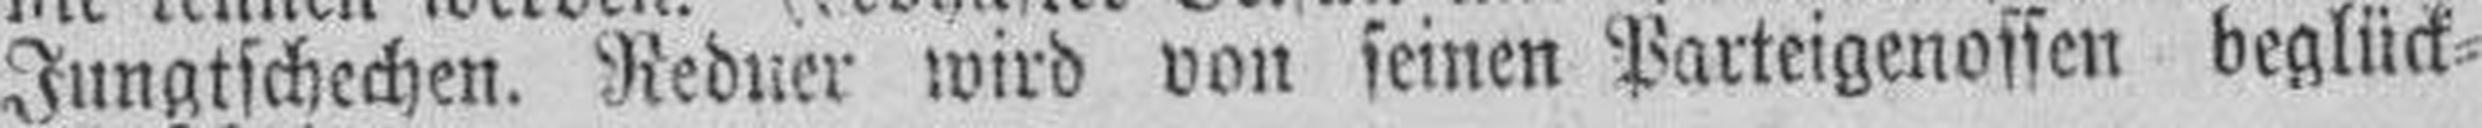
Jungtschechen. Redner wird von seinen Parteigenossen beglück¬